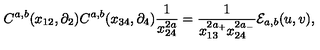
C ^ { a , b } ( x _ { 1 2 } , \partial _ { 2 } ) C ^ { a , b } ( x _ { 3 4 } , \partial _ { 4 } ) \frac { 1 } { x _ { 2 4 } ^ { 2 a } } = \frac { 1 } { x _ { 1 3 } ^ { 2 a _ { + } } x _ { 2 4 } ^ { 2 a _ { - } } } { \cal { E } } _ { a , b } ( u , v ) ,